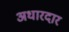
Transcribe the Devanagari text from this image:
अधारदार